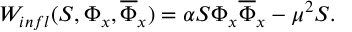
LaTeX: W _ { i n f l } ( S , \Phi _ { x } , \overline { { { \Phi } } } _ { x } ) = \alpha S \Phi _ { x } \overline { { { \Phi } } } _ { x } - \mu ^ { 2 } S .